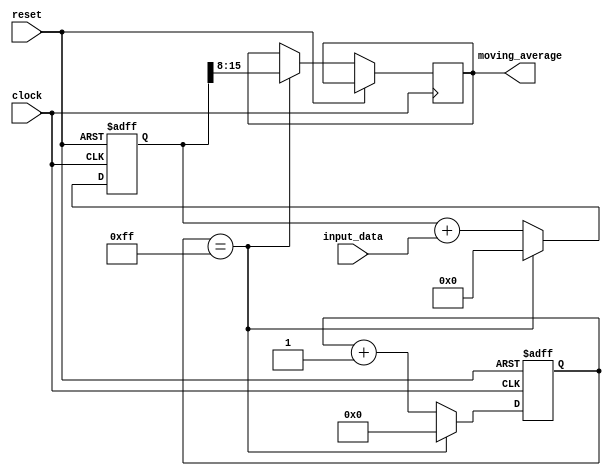
module moving_average_accumulator(
  input wire clock,
  input wire reset,
  input wire [7:0] input_data,
  output wire [7:0] moving_average
);

reg [15:0] accumulator;
reg [7:0] counter;
reg [15:0] sum;

always @(posedge clock or posedge reset) begin
  if(reset) begin
    accumulator <= 16'b0;
    counter <= 8'b0;
    sum <= 16'b0;
  end else begin
    accumulator <= accumulator + input_data;
    counter <= counter + 1;
    
    if(counter == 8'b11111111) begin
      moving_average <= accumulator >> 8;
      accumulator <= 16'b0;
      counter <= 8'b0;
      sum <= 16'b0;
    end else begin
      sum <= accumulator;
    end
  end
end

endmodule